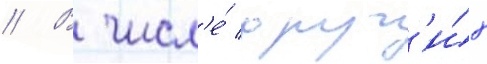
// В числ'е́ друг'и́х